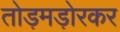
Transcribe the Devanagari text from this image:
तोड़मड़ोरकर